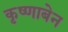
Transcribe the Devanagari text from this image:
कृष्णाबेन